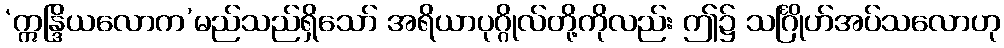
‘ဣန္ဒြိယလောက’မည်သည်ရှိသော် အရိယာပုဂ္ဂိုလ်တို့ကိုလည်း ဤ၌ သင်္ဂြိုဟ်အပ်သလောဟု